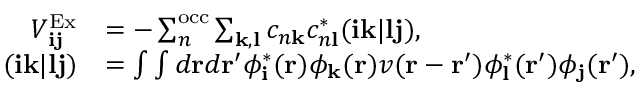
\begin{array} { r l } { V _ { \mathbf { i j } } ^ { \mathrm { E x } } } & { = - \sum _ { n } ^ { \mathrm { o c c } } \sum _ { \mathbf { k , l } } c _ { n \mathbf { k } } c _ { n \mathbf { l } } ^ { * } ( \mathbf { i k } | \mathbf { l j } ) , } \\ { ( \mathbf { i k } | \mathbf { l j } ) } & { = \int \int d \mathbf { r } d \mathbf { r ^ { \prime } } \phi _ { \mathbf { i } } ^ { * } ( \mathbf { r } ) \phi _ { \mathbf { k } } ( \mathbf { r } ) v ( \mathbf { r } - \mathbf { r ^ { \prime } } ) \phi _ { \mathbf { l } } ^ { * } ( \mathbf { r ^ { \prime } } ) \phi _ { \mathbf { j } } ( \mathbf { r ^ { \prime } } ) , } \end{array}